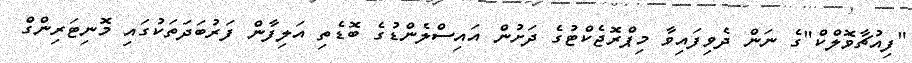
"ފިއުޗާވޮލްކް"ގެ ނަން ދެވިފައިވާ މިޕްރޮޖެކްޓުގެ ދަށުން އައިސްލެންޑުގެ ބޮޑެތި އަލިފާން ފަރުބަދަތަކުގައި މޮނިޓަރިންގް